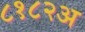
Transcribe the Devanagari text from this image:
८१८२अ